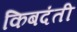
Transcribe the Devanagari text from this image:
किबदंती